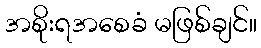
အစိုးရအစေခံ မဖြစ်ချင်။